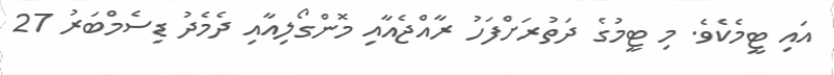
އައި ޓީމެެކެވެ. މި ޓީމުގެ ދަތުރަށްފަހު ރާއްޖެއާއި މޮންގޯލިއާއި ދެމެދު ޑިސެމްބަރު 27